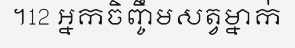
។12 អ្នកចិញ្ចឹមសត្វម្នាក់